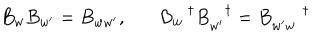
B _ { w } B _ { w ^ { \prime } } = B _ { w w ^ { \prime } } , B _ { w } ^ { \dagger } B _ { w ^ { \prime } } ^ { \dagger } = B _ { w ^ { \prime } w } ^ { \dagger }